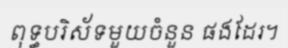
ពុទ្ធបរិស័ទមួយចំនួន ផងដែរ។